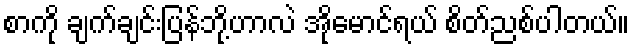
စာကို ချက်ချင်းပြန်ဘို့ဟာလဲ အိုမောင်ရယ် စိတ်ညစ်ပါတယ်။